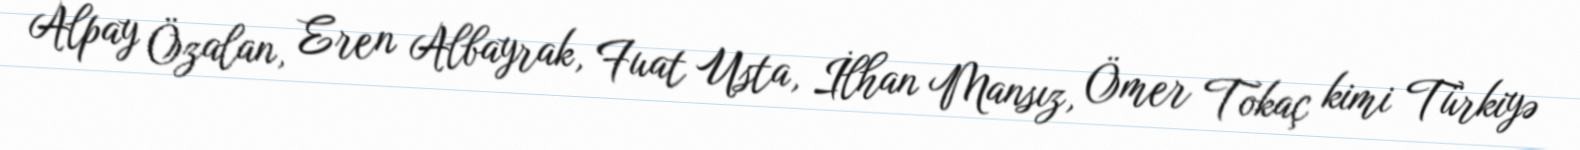
Alpay Özalan, Eren Albayrak, Fuat Usta, İlhan Mansız, Ömer Tokaç kimi Türkiyə